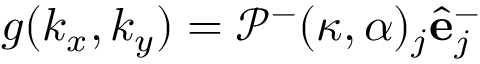
g ( k _ { x } , k _ { y } ) = \mathcal { P } ^ { - } ( \kappa , \alpha ) _ { j } \hat { \mathbf { e } } _ { j } ^ { - }